Civil Veterinary Department. Central Provinces & Berar 1932-41 - 1932-1941
Year: 1932
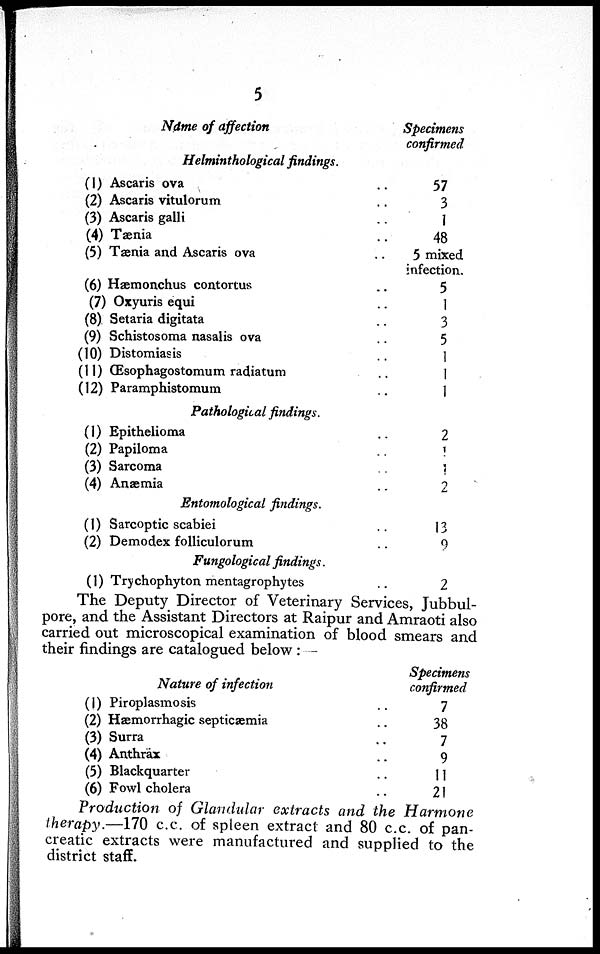
5
Name of affection
Helminthological findings.
(1) Ascaris ova
..
(2) Ascaris vitulorum
..
(3) Ascaris galli ..
(4) Tænia
..
(5) Tænia and Ascaris ova ..
(6) Hæmonchus contortus ..
(7) Oxyuris equi ..
(8) Setaria digitata ..
(9) Schistosoma nasalis ova ..
(10) Distomiasis ..
(11) Œsophagostomum radiatum ..
(12) Paramphistomum ..
Pathological findings.
(1) Epithelioma
..
(2) Papiloma ..
(3) Sarcoma ..
(4) Anæmia
..
Entomological findings.
(1) Sarcoptic scabiei ..
(2) Demodex folliculorum ..
Fungological findings.
(1) Trychophyton mentagrophytes
..
Specimens
confirmed
57
3
1
48
5 mixed
infection.
5
1
3
5
1
1
1
2
1
1
2
13
9
2
The Deputy Director of Veterinary Services, Jubbul-
pore, and the Assistant Directors at Raipur and Amraoti also
carried out microscopical examination of blood smears and
their findings are catalogued below:
Nature of infection
(1) Piroplasmosis ..
(2) Hæmorrhagic septicæmia ..
(3) Surra ..
(4) Anthrax ..
(5) Blackquarter ..
(6) Fowl cholera ..
Specimens
confirmed
7
38
7
9
11
21
Production of Glandular extracts and the Harmone
therapy.—170 c.c. of spleen extract and 80 c.c. of pan-
creatic extracts were manufactured and supplied to the
district staff.